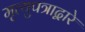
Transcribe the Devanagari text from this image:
मृत्युपत्राद्वारे